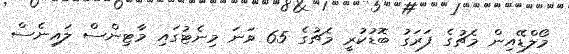
މޯލްޑޭއިން މެޗުގެ ފަރަގު ބޮޑުކުރީ މެޗުގެ 65 ވަނަ މިނެޓުގައި މާޓިންސް ލައިނެސް